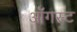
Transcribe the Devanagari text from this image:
ऑॅगस्ट